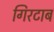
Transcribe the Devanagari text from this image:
गिरटाब